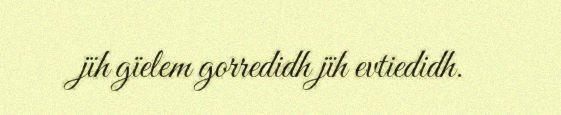
jïh gïelem gorredidh jïh evtiedidh.